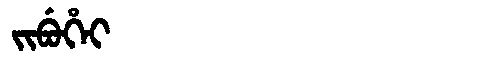
Manchu: ᠵᡳᠪᡠᡥᡝᡳ
Romanization: JIBUHEI